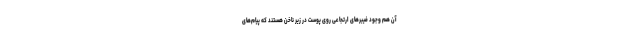
آن هم وجود فیبر‌های ارتجاعی روی پوست در زیر ناخن هستند که پیام‌های